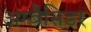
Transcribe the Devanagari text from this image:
अम्बैसिडर